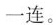
一连。